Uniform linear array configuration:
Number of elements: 24
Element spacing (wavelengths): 0.5
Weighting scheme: blackman
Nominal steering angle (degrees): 0
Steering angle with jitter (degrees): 1.309
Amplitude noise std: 0.05
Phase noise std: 0.05

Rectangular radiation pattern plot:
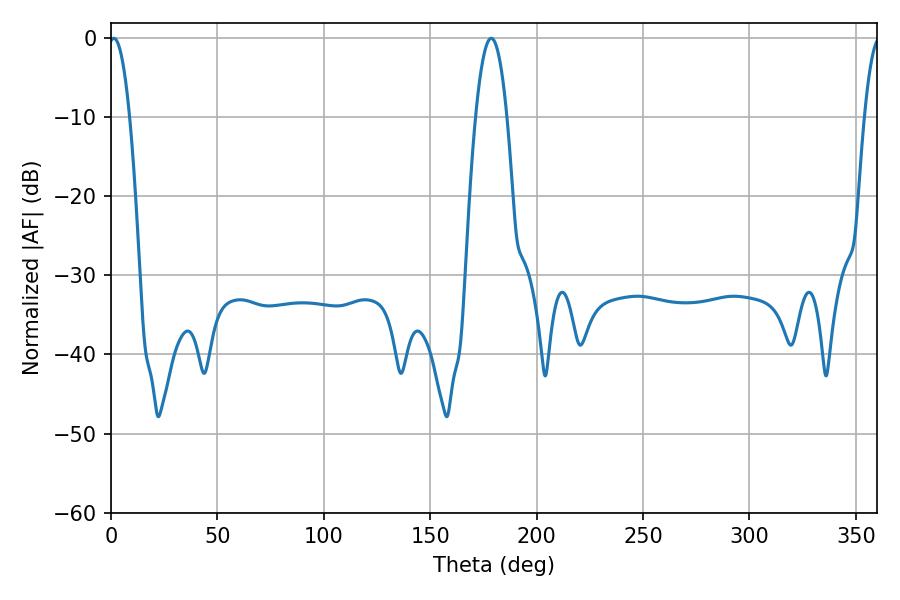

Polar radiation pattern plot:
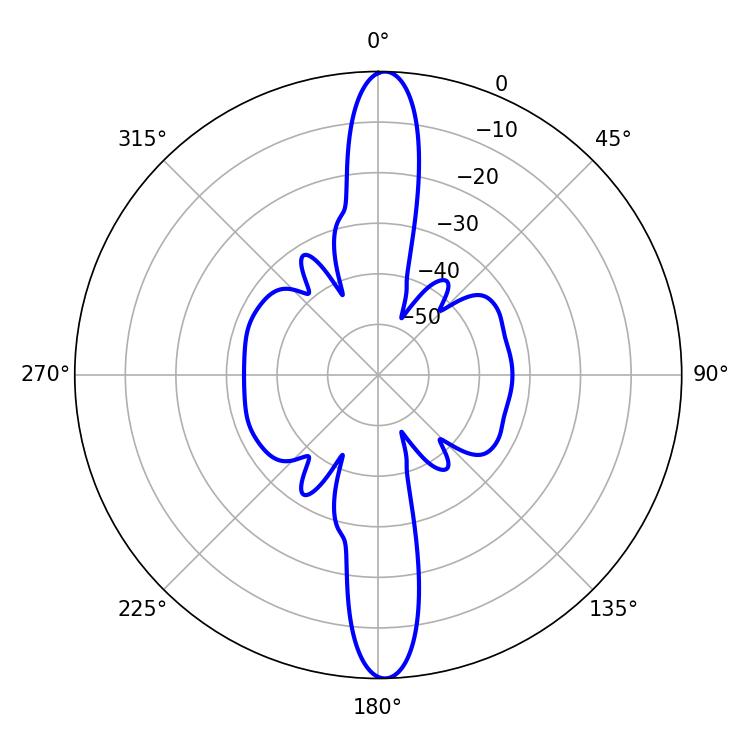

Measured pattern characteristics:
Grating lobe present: FALSE
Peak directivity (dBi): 24.665
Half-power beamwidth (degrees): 5.4
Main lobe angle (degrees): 1.26